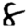
Digit: 8